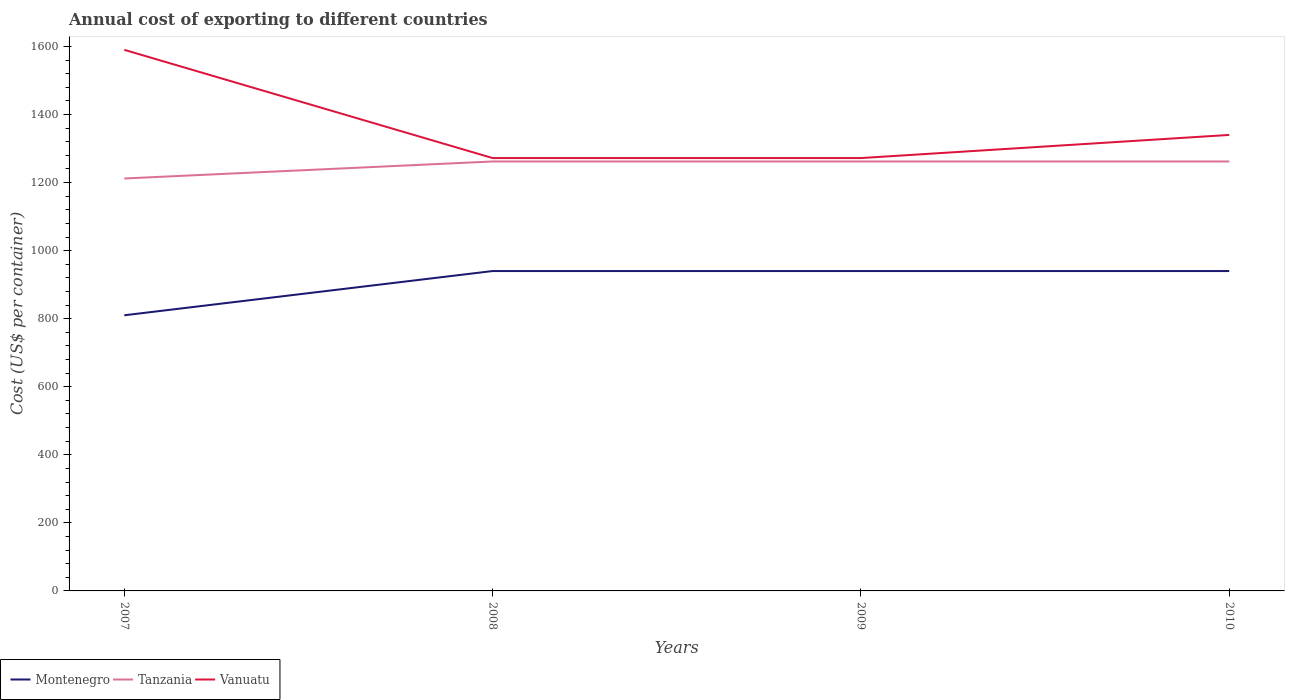
| Years | Montenegro | Tanzania | Vanuatu |
 | --- | --- | --- | --- |
 | 2007 | 810 | 1.21e+03 | 1.59e+03 |
 | 2008 | 940 | 1.26e+03 | 1.27e+03 |
 | 2009 | 940 | 1.26e+03 | 1.27e+03 |
 | 2010 | 940 | 1.26e+03 | 1.34e+03 |